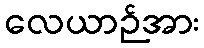
လေယာဉ်အား